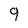
Character: 9